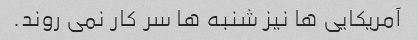
آمریکایی ها نیز شنبه ها سر کار نمی روند.